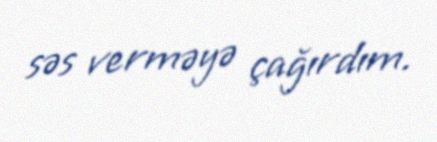
səs verməyə çağırdım.